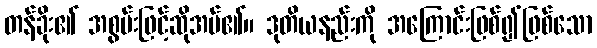
တန်ခိုး၏ အစွမ်းဖြင့်ဆိုအပ်၏။ ဒုတိယနည်းကို အကြောင်းဖြစ်၍ဖြစ်သော